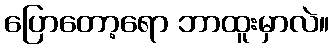
ပြောတော့ရော ဘာထူးမှာလဲ။